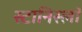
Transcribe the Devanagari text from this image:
स्टानिस्लॉ